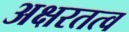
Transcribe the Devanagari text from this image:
अक्षरतत्व